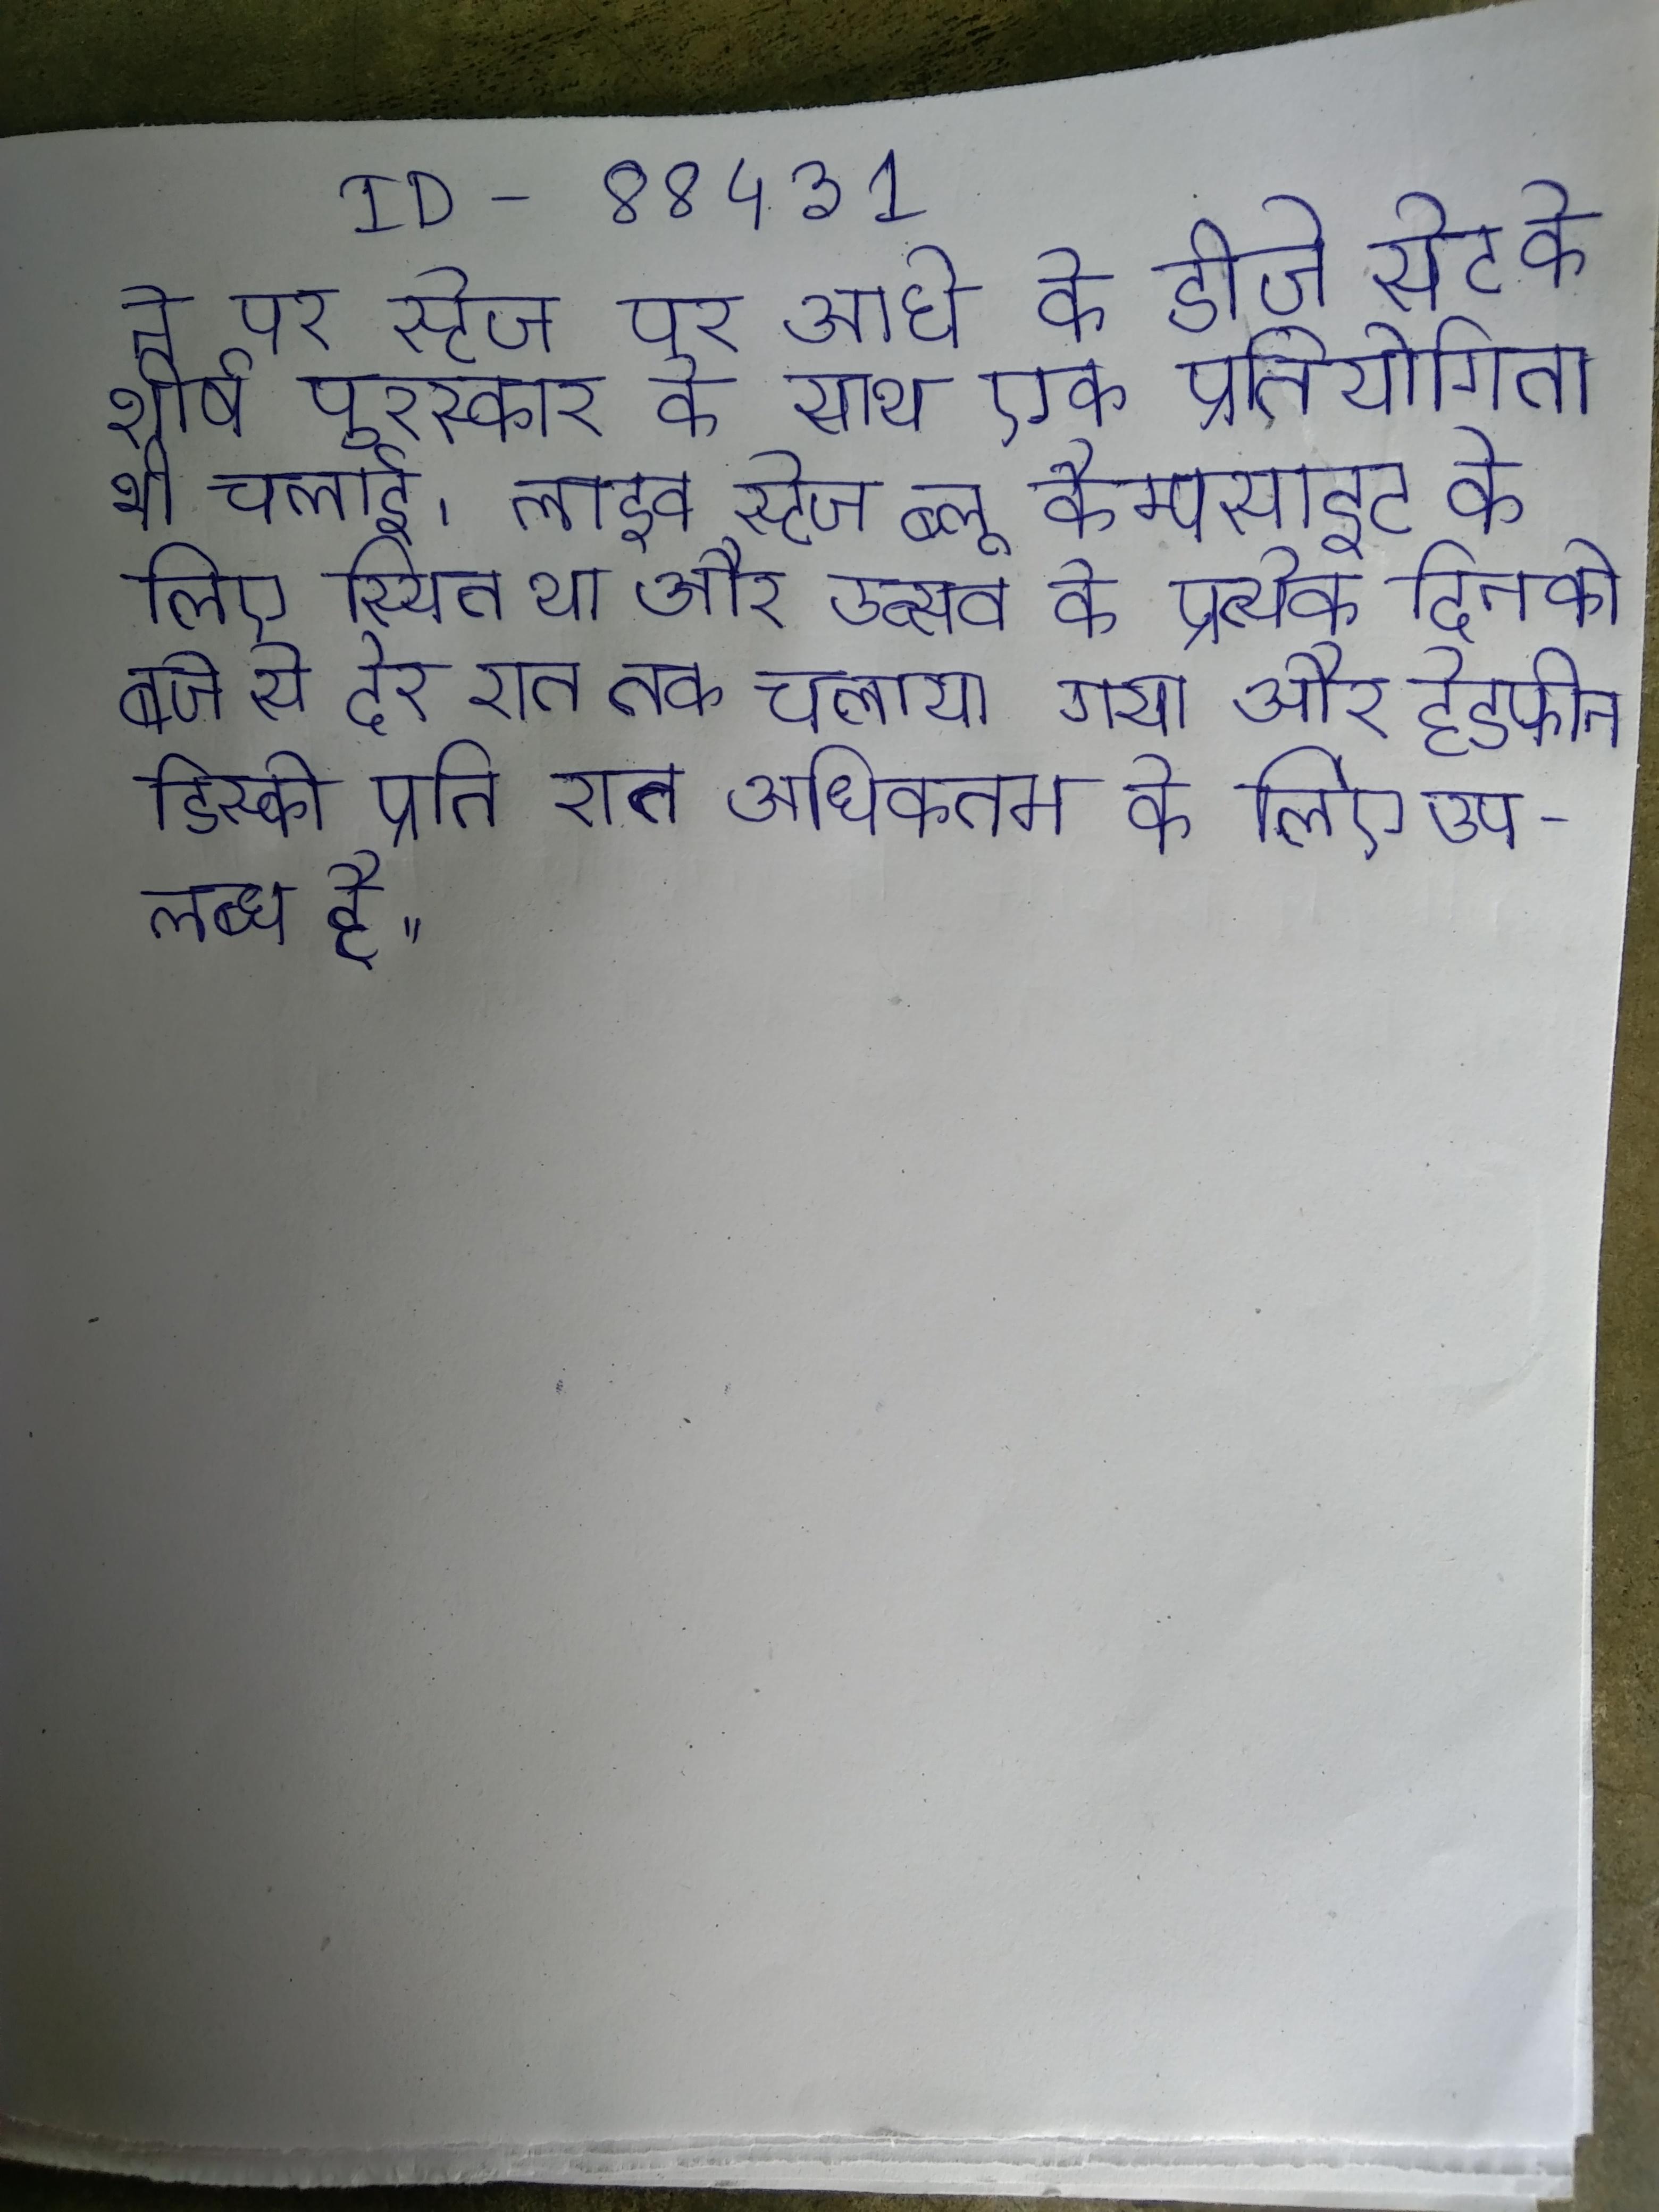
ने पर स्टेज पर आधे के डीजे सेट के शीर्ष पुरस्कार के साथ एक प्रतियोगिता भी चलाई । लाइव स्टेज ब्लू कैम्पसाइट के लिए स्थित था और उत्सव के प्रत्येक दिन को बजे से देर रात तक चलाया गया और हेडफोन डिस्को प्रति रात अधिकतम के लिए उपलब्ध है ।